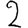
Digit: 2